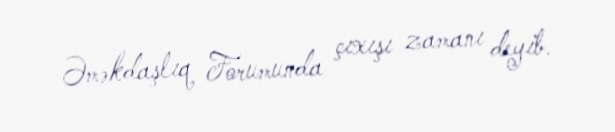
Əməkdaşlıq Forumunda çıxışı zamanı deyib.